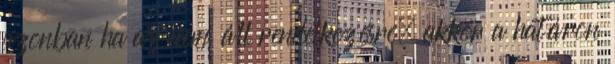
azonban ha az nem áll rendelkezésre, akkor a határon